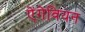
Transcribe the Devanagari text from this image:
ऐंगेवियन